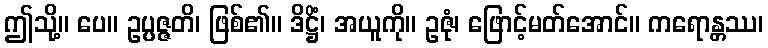
ဤသို့။ ပေ။ ဥပ္ပဇ္ဇတိ၊ ဖြစ်၏။ ဒိဋ္ဌိံ၊ အယူကို။ ဥဇုံ၊ ဖြောင့်မတ်အောင်။ ကရောန္တဿ၊